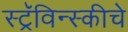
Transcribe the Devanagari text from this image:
स्ट्रॅविन्स्कीचे